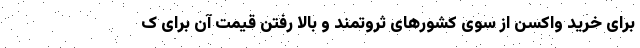
برای خرید واکسن از سوی کشورهای ثروتمند و بالا رفتن قیمت آن برای ک